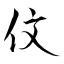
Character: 伩